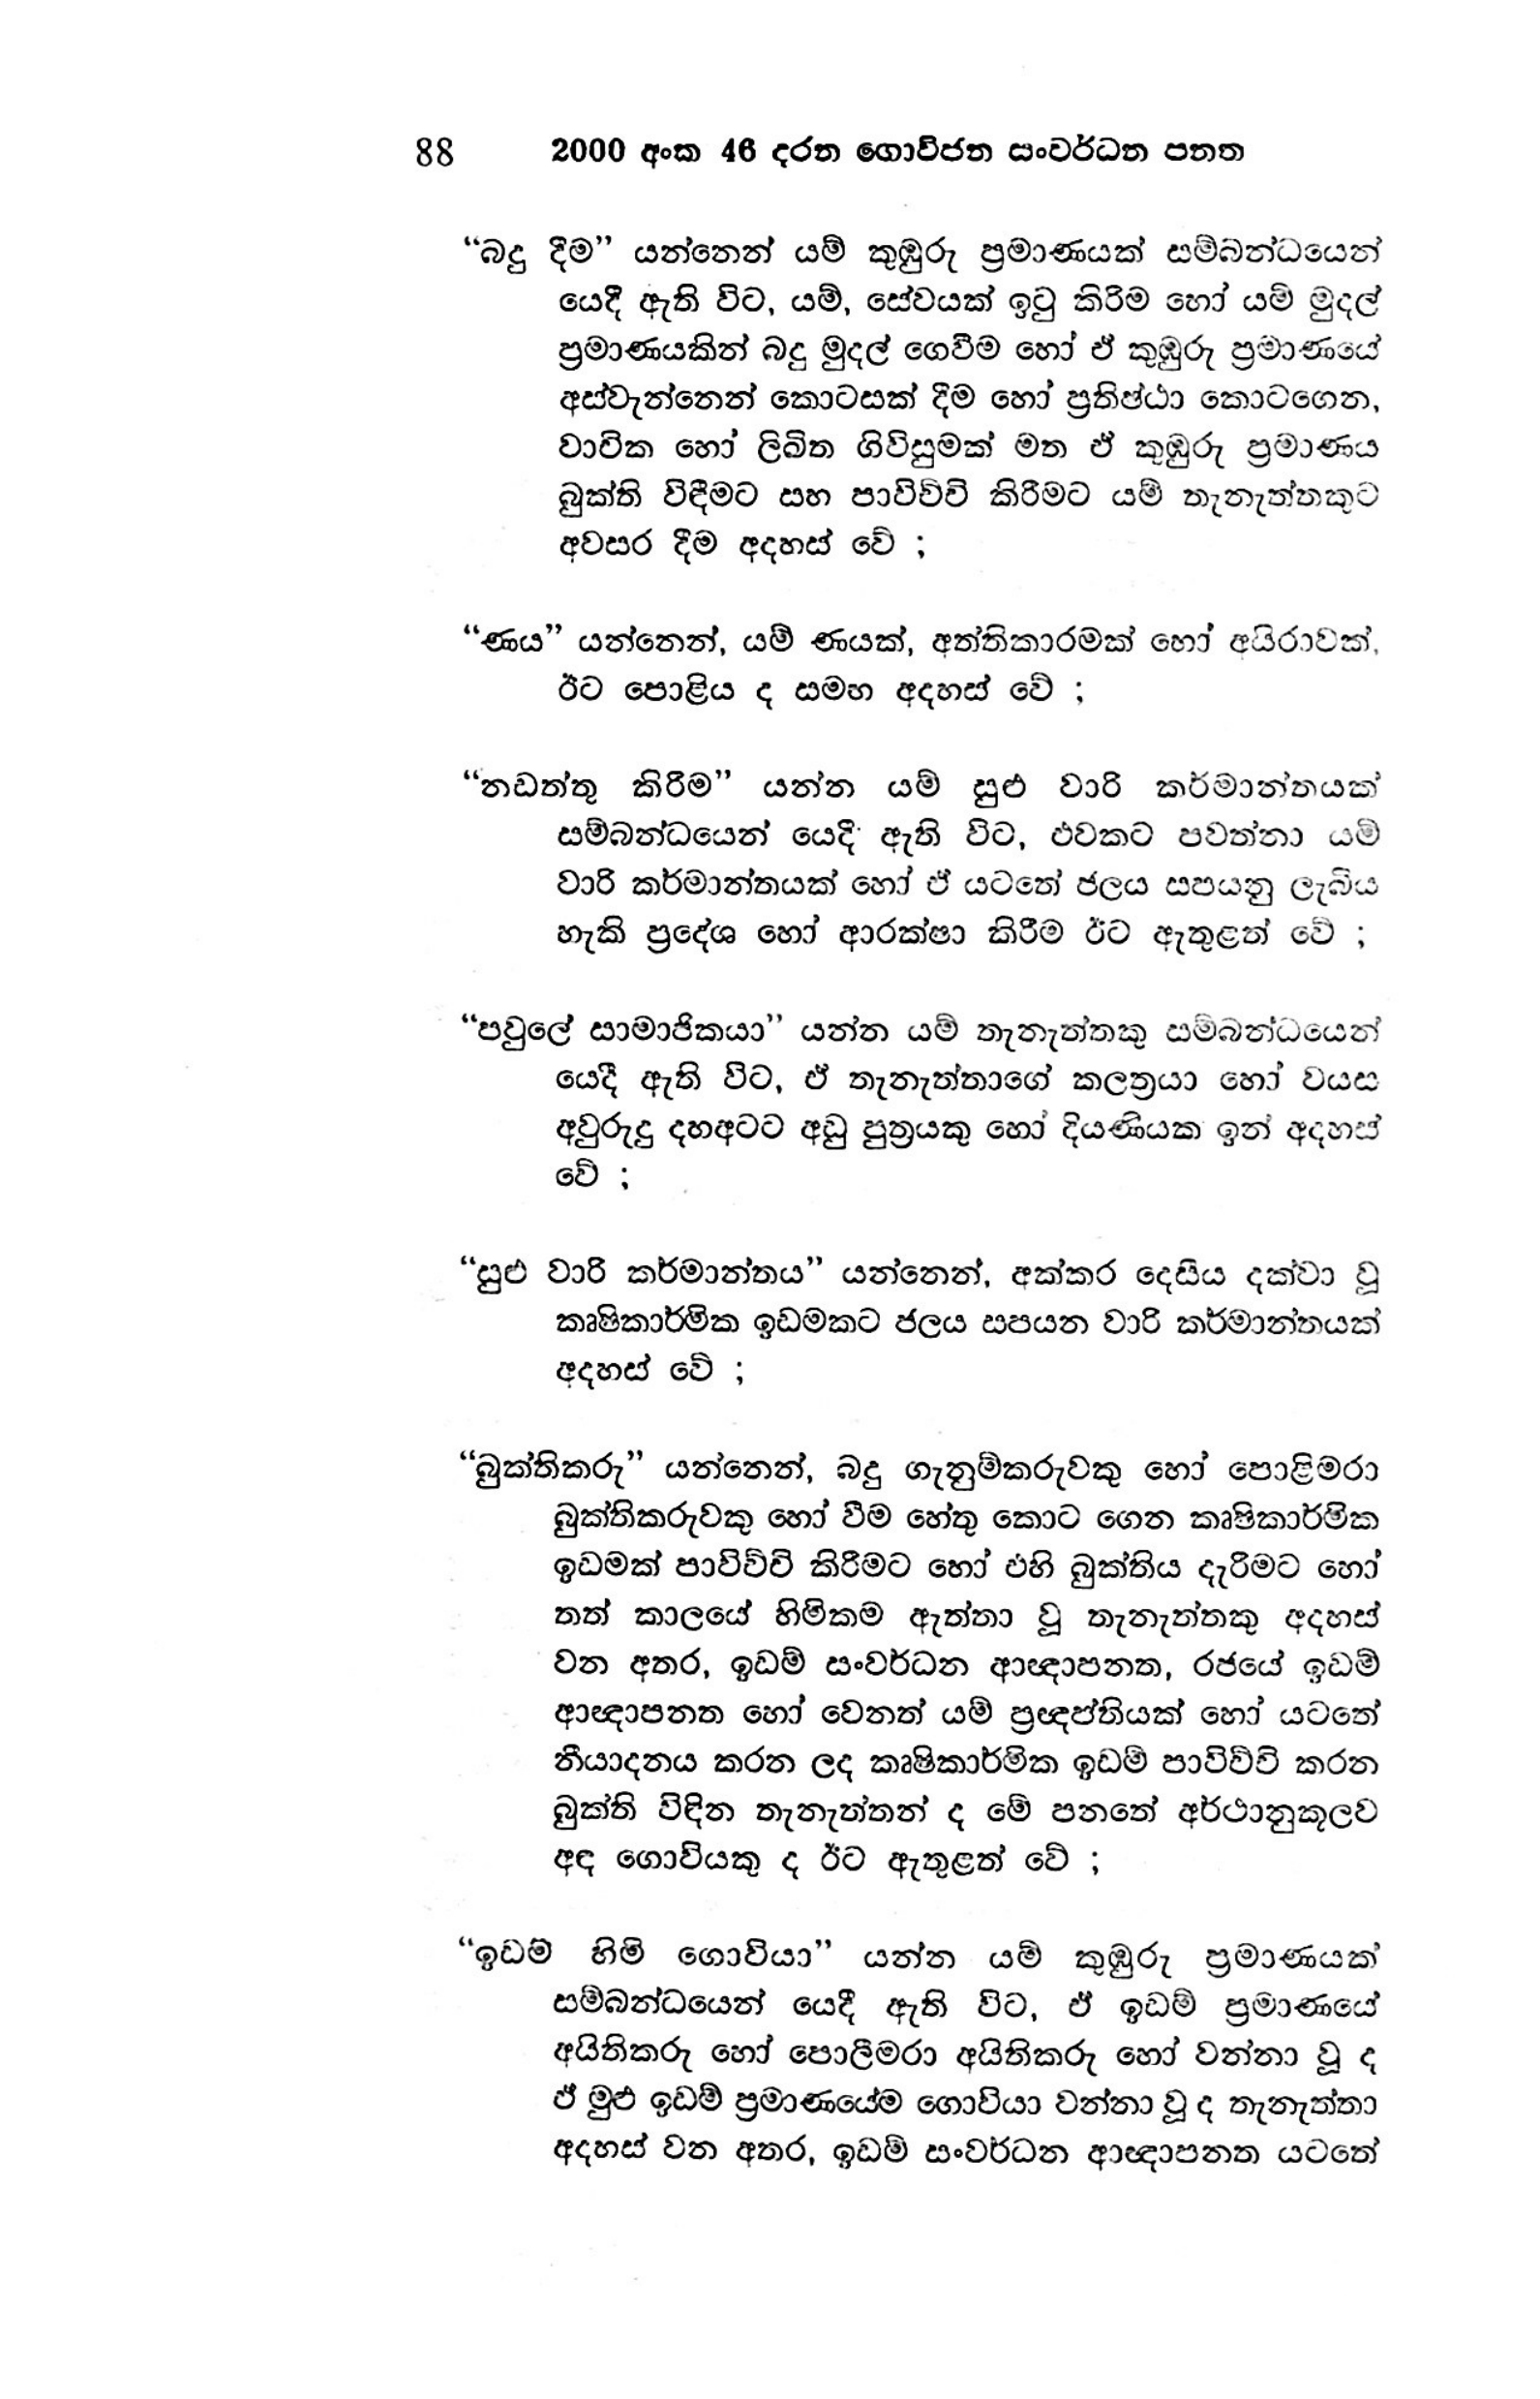
88 2000 අංක 46 දරන ගොවිජන සංවර්ධන පතත
“බදු දීම” යන්නෙන් යම් කුඹුරු ප්‍රමාණයක් සම්බන්ධයෙන්
යෙදී ඇති විට, යම්, සේවයක් ඉටු කිරිම හෝ යම් මුදල්
ප්‍රමාණයකින් බදු මුදල් ගෙවීම හෝ ඒ කුඹුරු ප්‍රමාණයේ
අස්වැන්නෙන් කොටසක් දීම හෝ ප්‍රතිෂ්ඨා කොටගෙන,
වාචික හෝ ලිඛිත ගිවිසුමක් මත ඒ කුඹුරු ප්‍රමාණය
බුක්ති විඳීමට සහ පාවිච්චි කිරීමට යම් තැනැත්තකුට
අවසර දීම අදහස් වේ ;

“ණය” යන්නෙන්, යම් ණයක්, අත්තිකාරමක් හෝ අයිරාවක්,
ඊට පොළිය ද සමඟ අදහස් වේ ;

“නඩත්තු කිරීම” යන්න යම් සුළු වාරි කර්මාන්තයක්
සම්බන්ධයෙන් යෙදී ඇති විට, එවකට පවත්නා යම්
වාරි කර්මාන්තයක් හෝ ඒ යටතේ ජලය සපයනු ලැබීය
හැකි ප්‍රදේශ හෝ ආරක්ෂා කිරීම ඊට ඇතුළත් වේ ;

“පවුලේ සාමාජිකයා” යන්න යම් තැනැත්තකු සම්බන්ධයෙන්
යෙදී ඇති විට, ඒ තැනැත්තාගේ කලත්‍රයා හෝ වයස
අවුරුදු දහඅටට අඩු පුත්‍රයකු හෝ දියණියක ඉන් අදහස්
වේ ;

“සුළු වාරි කර්මාන්තය” යන්නෙන්, අක්කර දෙසීය දක්වා වූ
කෘෂිකාර්මික ඉඩමකට ජලය සපයන වාරි කර්මාන්තයක්
අදහස් වේ ;

“බුක්තිකරු” යන්නෙන්, බදු ගැනුම්කරුවකු හෝ පොළිමරා
බුක්තිකරුවකු හෝ වීම හේතු කොට ගෙන කෘෂිකාර්මික
ඉඩමක් පාවිච්චි කිරීමට හෝ එහි බුක්තිය දැරීමට හෝ
තත් කාලයේ හිමිකම ඇත්තා වූ තැනැත්තකු අදහස්
වන අතර, ඉඩම් සංවර්ධන ආඥාපනත, රජයේ ඉඩම්
ආඥාපනත හෝ වෙනත් යම් ප්‍රඥප්තියක් හෝ යටතේ
නීයාදනය කරන ලද කෘෂිකාර්මික ඉඩම් පාවිච්චි කරන
බුක්ති විඳින තැනැත්තන් ද මේ පනතේ අර්ථානුකූලව
අඳ ගොවියකු ද ඊට ඇතුළත් වේ ;

" ඉඩම් හිමි ගොවියා" යන්න යම් කුඹුරු ප්‍රමාණයක්
සම්බන්ධයෙන් යෙදී ඇති විට, ඒ ඉඩම් ප්‍රමාණයේ
අයිතිකරු හෝ පොලීමරා අයිතිකරු හෝ වන්නා වූ ද
ඒ මුළු ඉඩම් ප්‍රමාණයේම ගොවියා වන්නා වූ ද තැනැත්තා
අදහස් වන අතර, ඉඩම් සංවර්ධන ආඥාපනත යටතේ